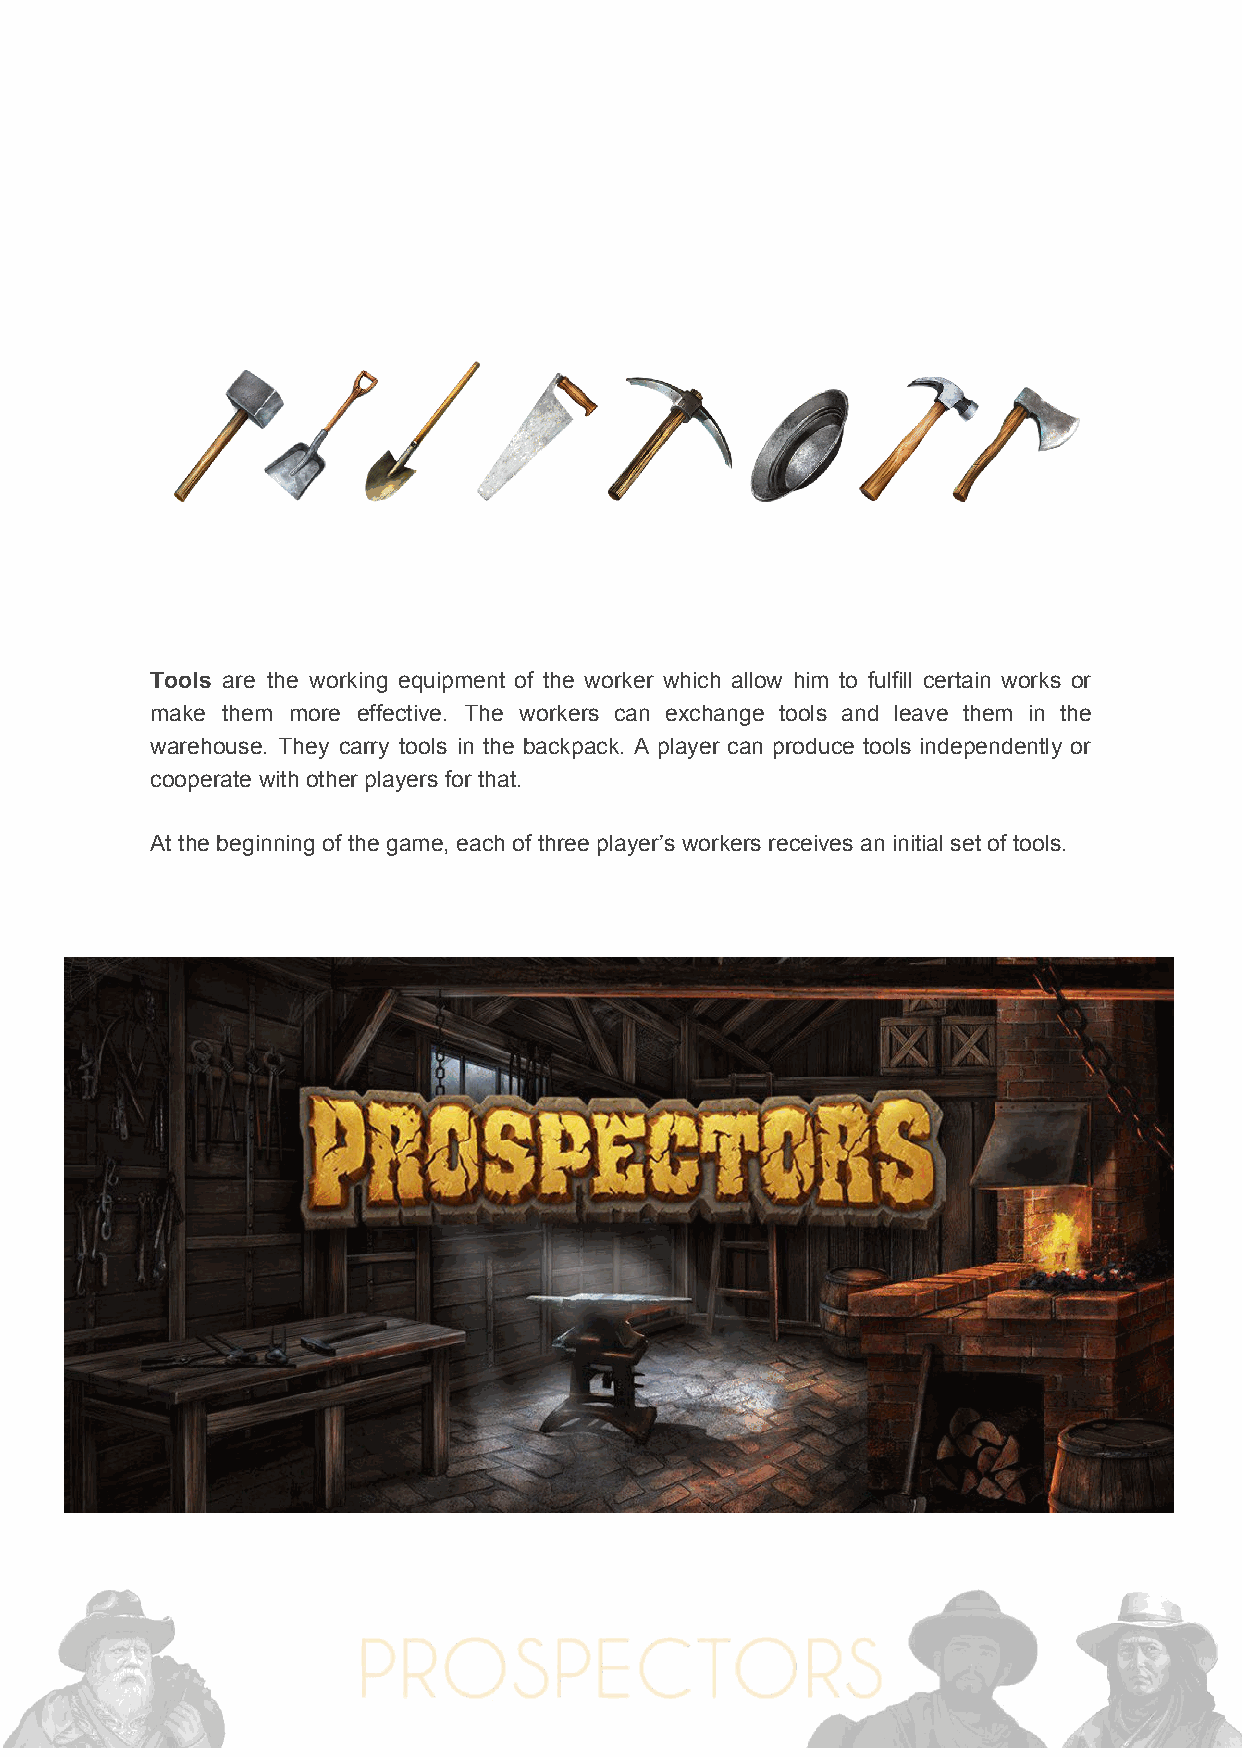
Tools ​are the working equipment of the worker which allow him to fulfill certain works or
 make them more effective. The workers can exchange tools and leave them in the
 warehouse. They carry tools in the backpack. A player can produce tools independently or
 cooperate with other players for that.
 At the beginning of the game, each of three player’s workers receives an initial set of tools.